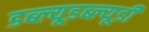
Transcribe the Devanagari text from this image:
डब्ल्यूडब्ल्यूडी